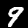
Digit: 9